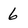
Character: 6